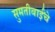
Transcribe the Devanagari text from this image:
सुमतीबाईंचे